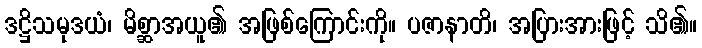
ဒဋ္ဌိသမုဒယံ၊ မိစ္ဆာအယူ၏ အဖြစ်ကြောင်းကို။ ပဇာနာတိ၊ အပြားအားဖြင့် သိ၏။